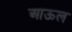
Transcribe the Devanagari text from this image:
आऊल